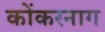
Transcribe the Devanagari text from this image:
कोंकरनाग